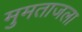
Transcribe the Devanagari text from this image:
मुमताजला